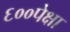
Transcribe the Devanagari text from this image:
६००पेक्षा